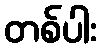
တစ်ပါး